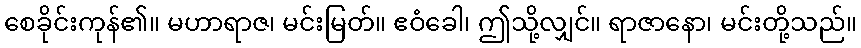
စေခိုင်းကုန်၏။ မဟာရာဇ၊ မင်းမြတ်။ ဧဝံခေါ၊ ဤသို့လျှင်။ ရာဇာနော၊ မင်းတို့သည်။